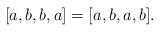
LaTeX: \begin{align*}[a,b,b,a]=[a,b,a,b].\end{align*}